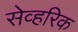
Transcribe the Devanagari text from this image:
सेव्हरिक